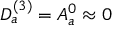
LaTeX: D _ { a } ^ { ( 3 ) } = A _ { a } ^ { 0 } \approx 0